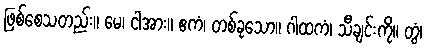
ဖြစ်စေသတည်း။ မေ၊ ငါအား။ ဧကံ၊ တစ်ခုသော။ ဂါထကံ၊ သီချင်းကို။ တွံ၊